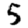
Digit: 5